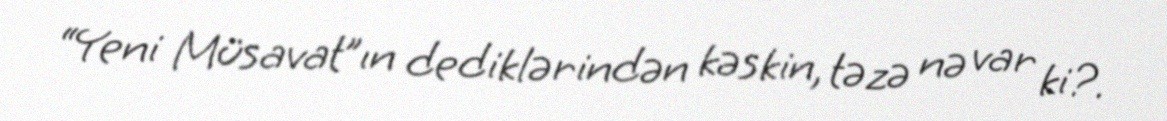
“Yeni Müsavat”ın dediklərindən kəskin, təzə nə var ki?.